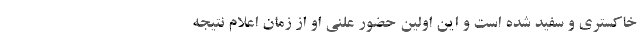
خاکستری و سفید شده است و این اولین حضور علنی او از زمان اعلام نتیجه